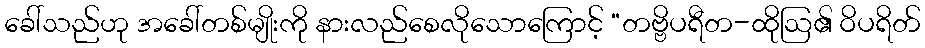
ခေါ်သည်ဟု အခေါ်တစ်မျိုးကို နားလည်စေလိုသောကြောင့် “တဗ္ဗိပရီတ-ထိုဩ၏ ဝိပရိတ်